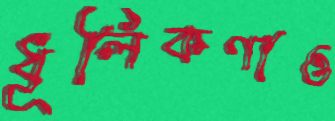
ধূলিকণাও